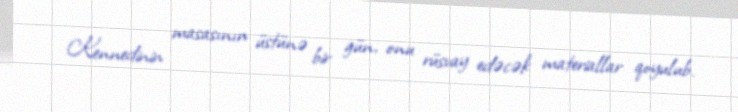
Kennedinin masasının üstünə bir gün, onu rüsvay edəcək materiallar qoyulub.